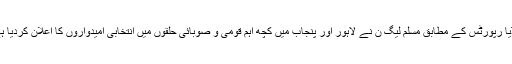
میڈیا رپورٹس کے مطابق مسلم لیگ ن نے لاہور اور پنجاب میں کچھ اہم قومی و صوبائی حلقوں میں انتخابی امیدواروں کا اعلان کردیا ہے۔